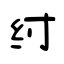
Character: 纣